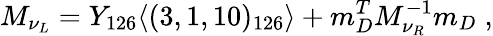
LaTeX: M_{\nu_{L}}=Y_{126}\langle(3,1,10)_{126}\rangle+m_{D}^{T}M_{\nu_{R}}^{-1}m_{D}\; ,